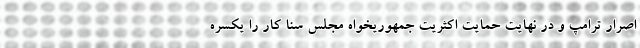
اصرار ترامپ و در نهایت حمایت اکثریت جمهوریخواه مجلس سنا کار را یکسره